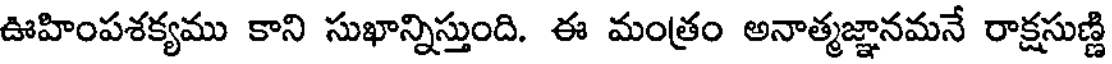
ఊహింపశక్యము కాని సుఖాన్నిస్తుంది. ఈ మంత్రం అనాత్మజ్ఞానమనే రాక్షసుణ్ణి